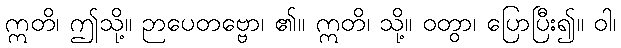
ဣတိ၊ ဤသို့။ ဉာပေတဗ္ဗော၊ ၏။ ဣတိ၊ သို့။ ဝတွာ၊ ပြောပြီး၍။ ဝါ၊